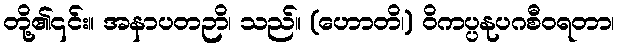
တို့၏၎င်း။ အနာပတဉာိ၊ သည်။ (ဟောတိ၊) ဝိကပ္ပနုပဂစီဝရတာ၊